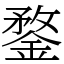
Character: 鍪